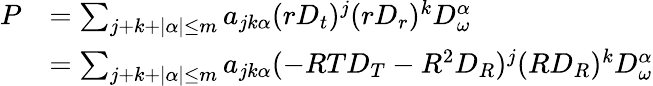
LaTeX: \begin{array}{rl}{P}&{=\sum_{j+k+|\alpha|\leq m}a_{jk\alpha}(rD_{t})^{j}(rD_{r})^{k}D_{\omega}^{\alpha}}\\ &{=\sum_{j+k+|\alpha|\leq m}a_{jk\alpha}(-RTD_{T}-R^{2}D_{R})^{j}(RD_{R})^{k}D_{\omega}^{\alpha}}\end{array}